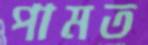
পামত